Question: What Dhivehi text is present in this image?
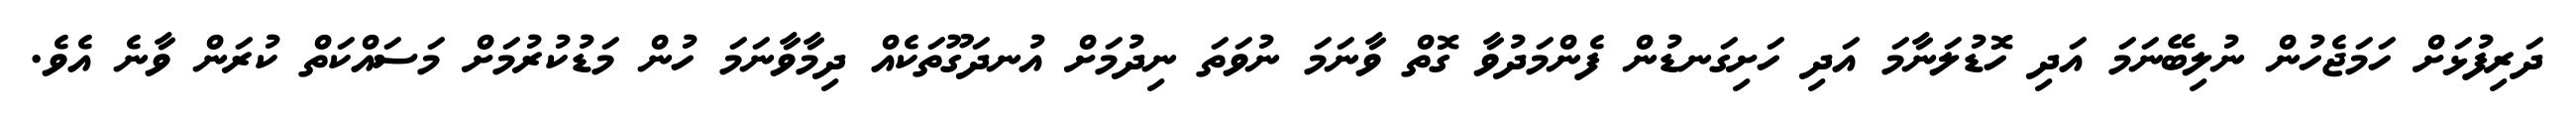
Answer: ދަރިފުޅަށް ހަމަޖެހުން ނުލިބޭނަމަ އަދި ހޮޑުލަނާމަ އަދި ހަށިގަނޑުން ފެންމަދުވާ ގޮތް ވާނަމަ ނުވަތަ ނިދުމަށް އުނދަގޫތަކެއް ދިމާވާނަމަ ހުން މަޑުކުރުމަށް މަސައްކަތް ކުރަން ވާނެ އެވެ.